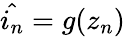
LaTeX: \hat{i_{n}}=g(z_{n})